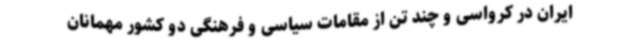
ایران در کرواسی و چند تن از مقامات سیاسی و فرهنگی دو کشور مهمانان